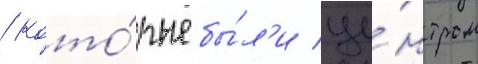
/ кото́рые бы́л'и це́нтром